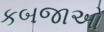
કબજાઓ